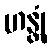
ဟန္တုံ